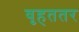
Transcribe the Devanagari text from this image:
वृहततर